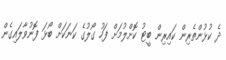
ދެ ކުޅުންތެރިން ކައިރިން ބީޓު ކޮށްލުމަށް ފަހު ގޯލުގެ ކަނަކަށް ބޯޅަ ފޮނުވާލައިގެން